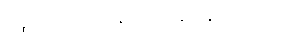
ရထားလိုင်း - မန္တလေး-ရန်ကုန် အမှတ် ၁၀